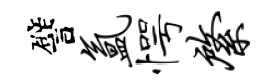
譬氲愕綮